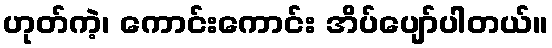
ဟုတ်ကဲ့၊ ကောင်းကောင်း အိပ်ပျော်ပါတယ်။